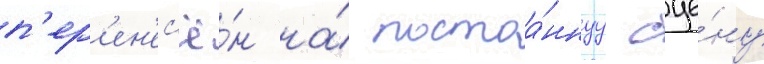
п'ер'ен'ес'ё́н на́ постоа́ннуу сце́ну